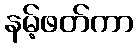
နမ့်ဖတ်ကာ